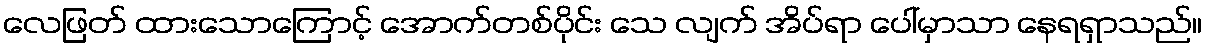
လေဖြတ် ထားသောကြောင့် အောက်တစ်ပိုင်း သေ လျက် အိပ်ရာ ပေါ်မှာသာ နေရရှာသည်။